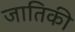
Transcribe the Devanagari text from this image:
जातिकी